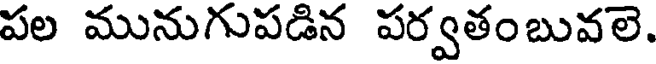
పల మునుగుపడిన పర్వతంబువలె.